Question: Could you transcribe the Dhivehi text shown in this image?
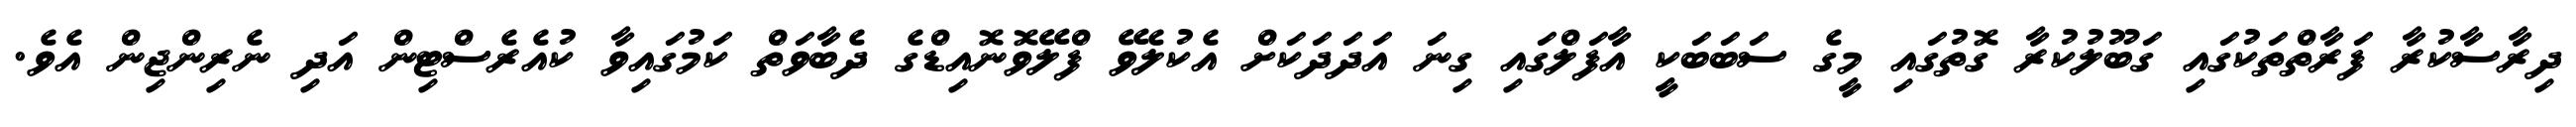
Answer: ދިރާސާކުރާ ފަރާތްތަކުގައި ގަބޫލުކުރާ ގޮތުގައި މީގެ ސަބަބަކީ އާފަލްގައި ގިނަ އަދަދަކަށް އެކުލެވޭ ފްލޭވޮނޮއިޑްގެ ދެބާވަތް ކަމުގައިވާ ކުއެރެސްޓިން އަދި ނެރިންޖިން އެވެ.